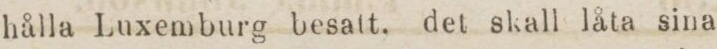
hålla Luxemburg besatt, det skall låta sina